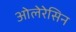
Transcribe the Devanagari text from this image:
ओलेरेसिन